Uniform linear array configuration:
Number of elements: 4
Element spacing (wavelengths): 1
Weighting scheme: kaiser
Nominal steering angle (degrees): -30
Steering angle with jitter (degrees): -29.209
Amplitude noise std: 0.05
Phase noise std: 0.05

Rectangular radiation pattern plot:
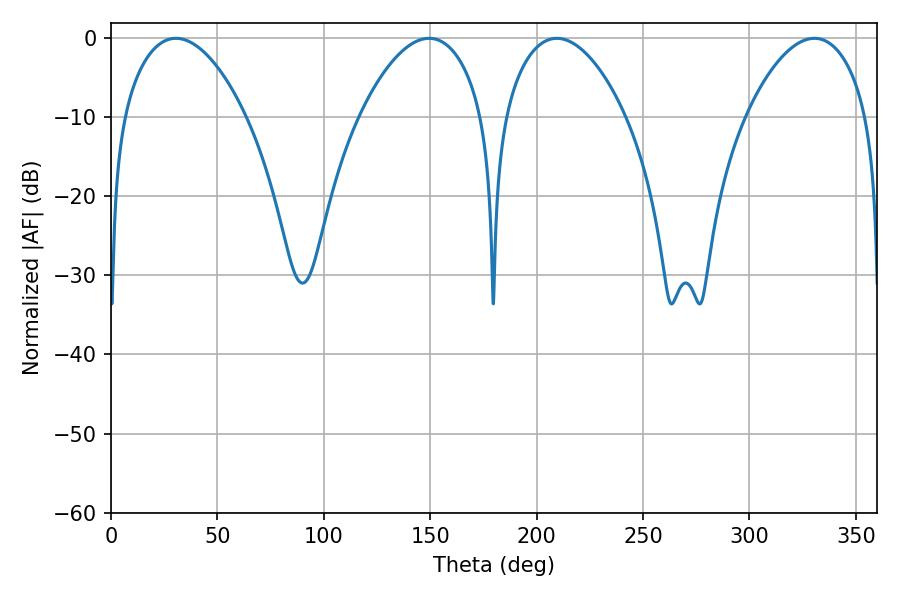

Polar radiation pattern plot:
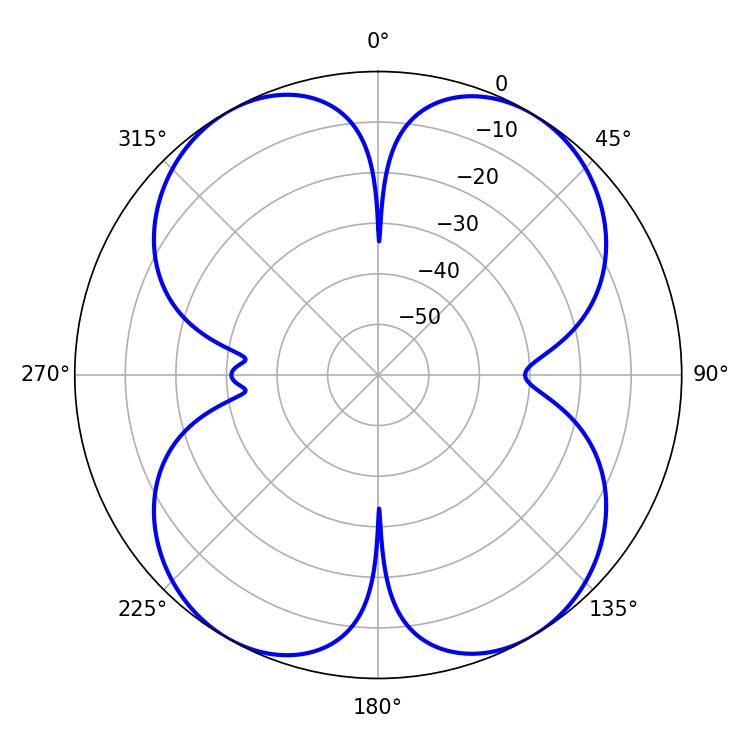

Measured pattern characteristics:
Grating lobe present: TRUE
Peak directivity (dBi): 18.548
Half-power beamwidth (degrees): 31.86
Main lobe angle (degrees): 209.52